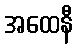
အထေနီ